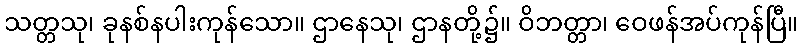
သတ္တသု၊ ခုနစ်နပါးကုန်သော။ ဌာနေသု၊ ဌာနတို့၌။ ဝိဘတ္တာ၊ ဝေဖန်အပ်ကုန်ပြီ။